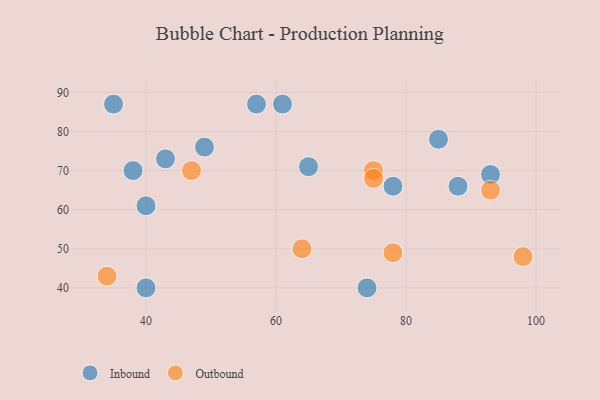
{"axis": {"x": "GDP", "y": "Life Expectancy"}, "legend": ["Inbound", "Outbound"], "data": [{"x": "40", "y": 61, "type": "Inbound"}, {"x": "78", "y": 66, "type": "Inbound"}, {"x": "40", "y": 40, "type": "Inbound"}, {"x": "85", "y": 78, "type": "Inbound"}, {"x": "35", "y": 87, "type": "Inbound"}, {"x": "38", "y": 70, "type": "Inbound"}, {"x": "57", "y": 87, "type": "Inbound"}, {"x": "43", "y": 73, "type": "Inbound"}, {"x": "93", "y": 69, "type": "Inbound"}, {"x": "74", "y": 40, "type": "Inbound"}, {"x": "49", "y": 76, "type": "Inbound"}, {"x": "65", "y": 71, "type": "Inbound"}, {"x": "88", "y": 66, "type": "Inbound"}, {"x": "61", "y": 87, "type": "Inbound"}, {"x": "47", "y": 70, "type": "Outbound"}, {"x": "78", "y": 49, "type": "Outbound"}, {"x": "64", "y": 50, "type": "Outbound"}, {"x": "34", "y": 43, "type": "Outbound"}, {"x": "75", "y": 70, "type": "Outbound"}, {"x": "98", "y": 48, "type": "Outbound"}, {"x": "93", "y": 65, "type": "Outbound"}, {"x": "75", "y": 68, "type": "Outbound"}]}